Indian Medical Review
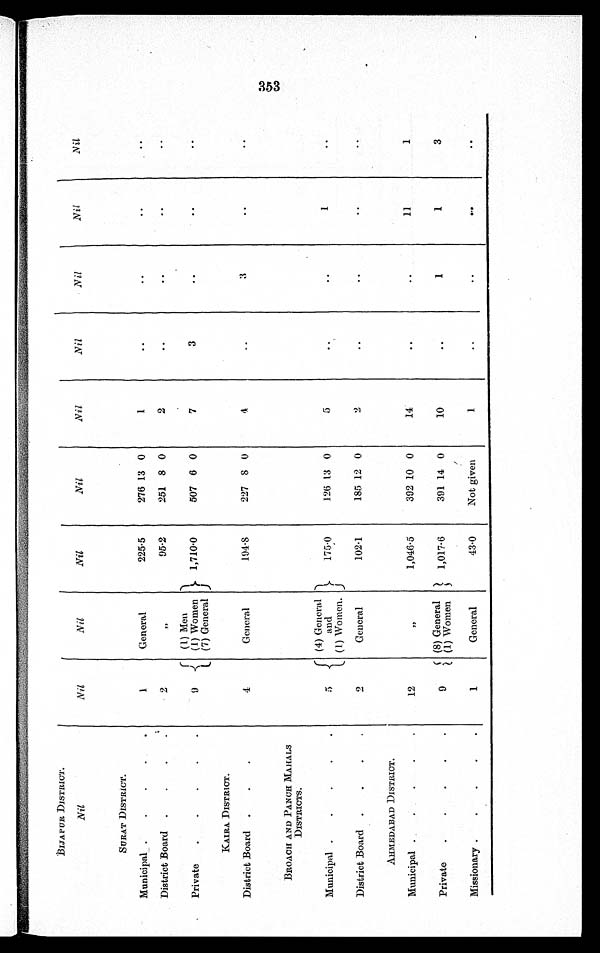
B I J A P U R D I S T R I C T .
Nil
Nil
N i l
N i l
N i l
N i l
N i l
N i l
N i l
N i l
SURAT DISTRICT.
Municipal
1
General
225·5
276 13 0
1
. .
..
..
..
District Board
2
,,
95·2
251 8 0
2
..
..
. .
. .
(1) Men
Private
9
(1) Women
1,710·0
507 6 0
7
3
. .
..
..
(7) General
KAIRA DISTRICT.
District Board
4
General
194·8
227 8 0
4
. .
3
..
. .
BROACH AND PANCH MAHALS
DISTRICTS.
(4) General
Municipal
5
and
175 . 0
126 13 0
5
..
. .
1
. .
(1) Women.
District Board
2
General
102·1
185 12 0
2
..
. .
. .
. .
AHMEDABAD DISTRICT.
Municipal
12
,,
1,046·5
392 10 0
1 4
..
..
11
1
(8) General
1 , 0 1 7 · 6
3 9 1
1 4
0
1 0
..
1
1
3
Private
9
(1) Women
Missionary
1
General
43·0
Not given
1 ..
. .
. .
. .
353